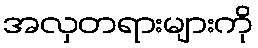
အလှတရားများကို